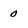
Character: 0